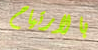
بالارتياح